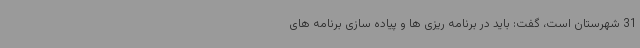
31 شهرستان است، گفت: باید در برنامه ریزی ها و پیاده سازی برنامه های